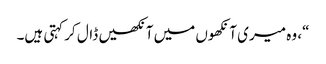
“، وہ میری آنکھوں میں آنکھیں ڈال کر کہتی ہیں۔